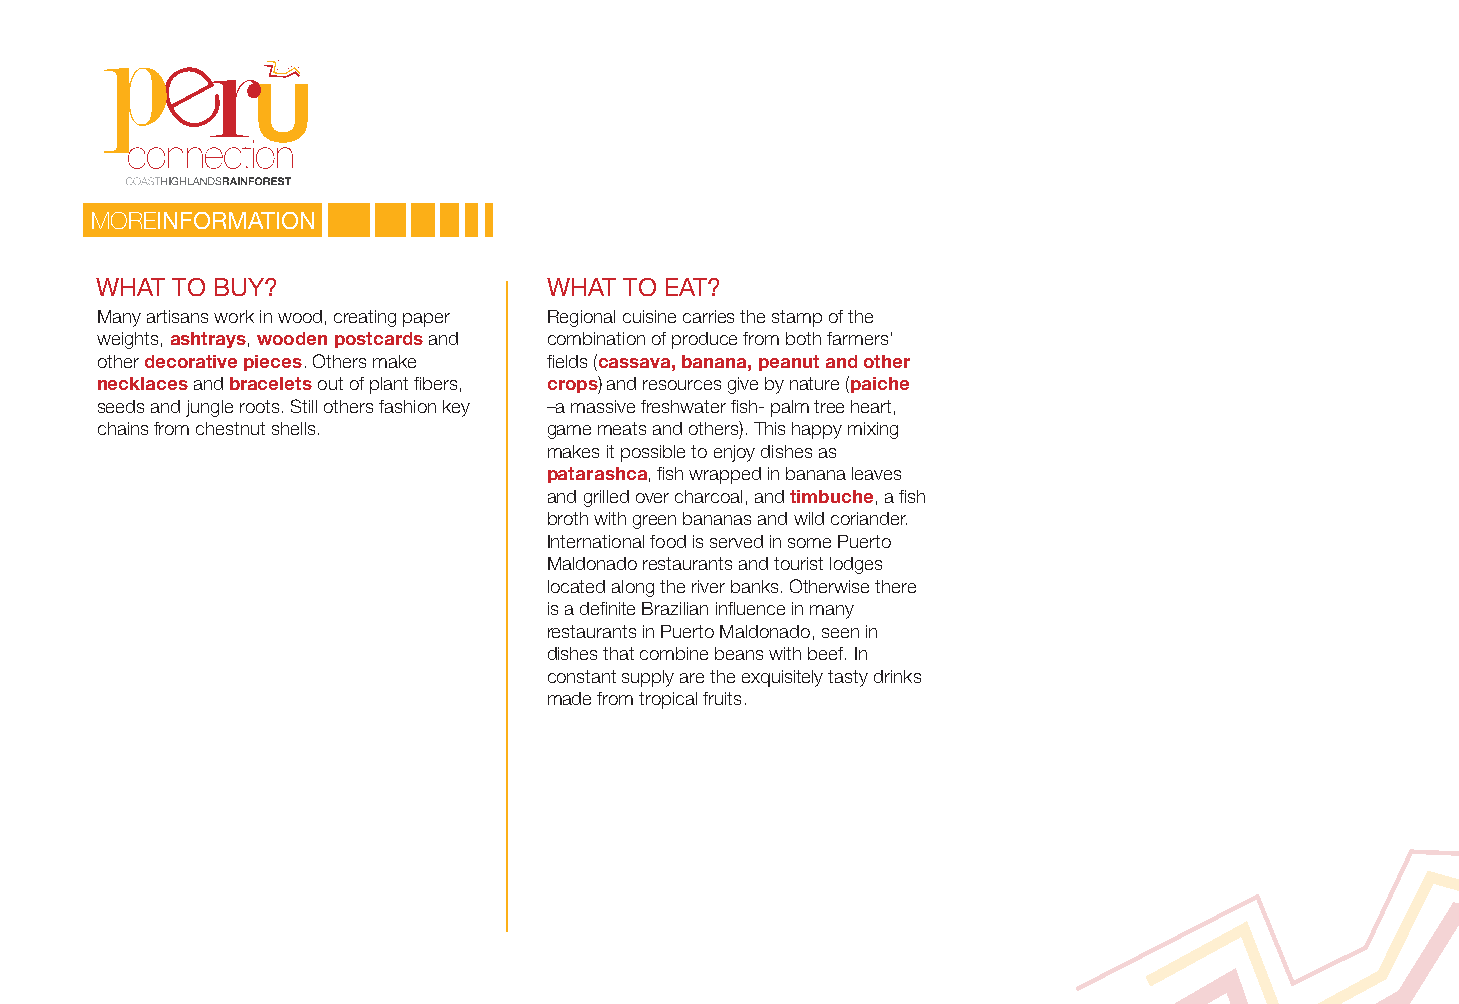
MOREINFORMATION
 WHAT TO BUY?                  WHAT TO EAT?
 Many artisans work in wood, creating paper Regional cuisine carries the stamp of the
 weights, ashtrays, wooden postcards and combination of produce from both farmers’
 other decorative pieces. Others make fields (cassava, banana, peanut and other
 necklaces and bracelets out of plant fibers, crops) and resources give by nature (paiche
 seeds and jungle roots. Still others fashion key –a massive freshwater fish- palm tree heart,
 chains from chestnut shells.  game meats and others). This happy mixing
 makes it possible to enjoy dishes as
 patarashca, fish wrapped in banana leaves
 and grilled over charcoal, and timbuche, a fish
 broth with green bananas and wild coriander.
 International food is served in some Puerto
 Maldonado restaurants and tourist lodges
 located along the river banks. Otherwise there
 is a definite Brazilian influence in many
 restaurants in Puerto Maldonado, seen in
 dishes that combine beans with beef. In
 constant supply are the exquisitely tasty drinks
 made from tropical fruits.